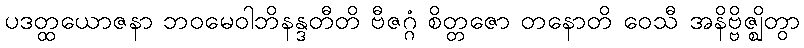
ပဒတ္ထယောဇနာ ဘဝမေဝါဘိနန္ဒတီတိ ဗီဇဂ္ဂံ စိတ္တဇော တနောတိ ဝေသီ အနိဗ္ဗိဇ္ဈိတွာ